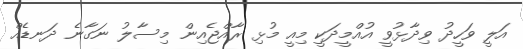
އަލީ ވަހީދު ވިދާޅުވީ އުއްމީދަކީ މިއީ މުޅި ރާއްޖެއިން މިސާލު ނަގާނެ ދަނޑެއް